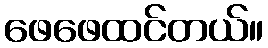
ဖေဖေထင်တယ်။